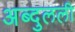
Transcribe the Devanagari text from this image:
अब्दुलली